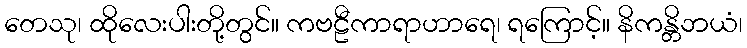
တေသု၊ ထိုလေးပါးတို့တွင်။ ကဗဠီကာရာဟာရေ၊ ရကြောင့်။ နိကန္တိဘယံ၊